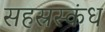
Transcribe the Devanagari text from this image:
सहस्रस्कंध